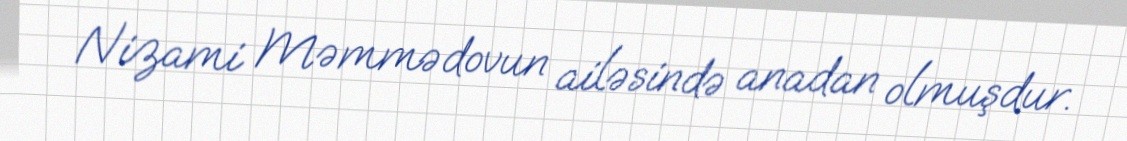
Nizami Məmmədovun ailəsində anadan olmuşdur.